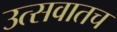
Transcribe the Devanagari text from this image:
उत्सवातच